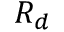
R _ { d }